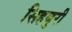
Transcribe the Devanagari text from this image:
सिहबुरी